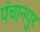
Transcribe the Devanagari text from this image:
पंचानपुर